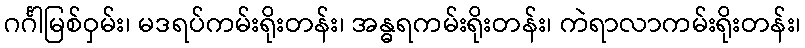
ဂင်္ဂါမြစ်ဝှမ်း၊ မဒရပ်ကမ်းရိုးတန်း၊ အန္ဓရကမ်းရိုးတန်း၊ ကဲရာလာကမ်းရိုးတန်း၊